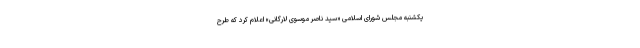
یکشنبه مجلس شورای اسلامی «سید ناصر موسوی لارگانی» اعلام کرد که طرح